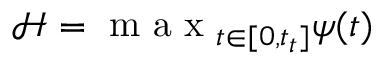
\mathcal { H } = \mathrm { ~ m ~ a ~ x ~ } _ { t \in [ 0 , t _ { t } ] } \psi ( t )